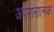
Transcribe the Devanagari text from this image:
अपमानात्मक